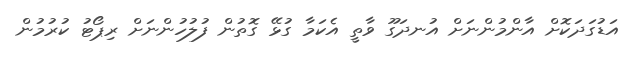
އަޑުގަދަކޮށް އާންމުންނަށް އުނދަގޫ ވާތީ އެކަމާ ގުޅޭ ގޮތުން ފުލުހުންނަށް ރިޕޯޓު ކުރުމުން